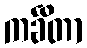
ကင်္ခိတာ